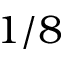
1 / 8